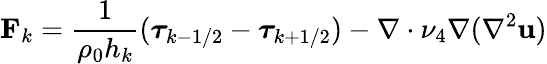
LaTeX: \mathbf{F}_{k}=\frac{1}{\rho_{0}h_{k}}({\boldsymbol{\tau}}_{k-1/2}-{\boldsymbol{\tau}}_{k+1/2})-\nabla\cdot\nu_{4}\nabla(\nabla^{2}{\mathbf u})